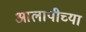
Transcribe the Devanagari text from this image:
आलापीच्या